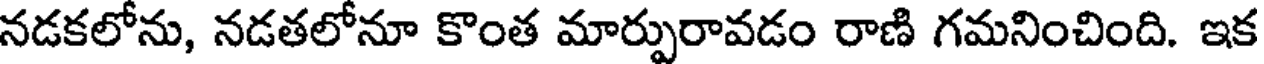
నడకలోను, నడతలోనూ కొంత మార్పురావడం రాణి గమనించింది. ఇక